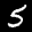
Label: 5